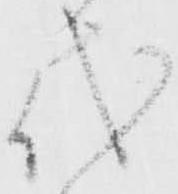
代